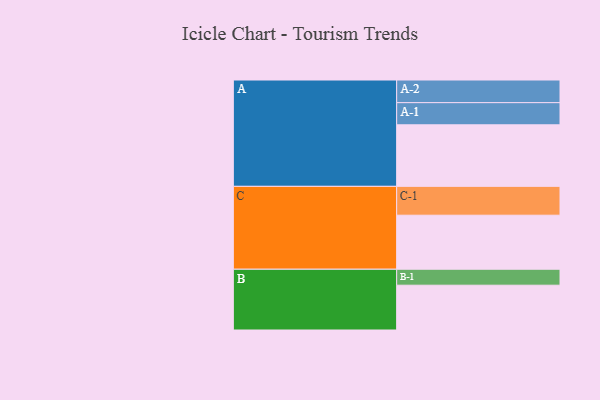
{"axis": {"x": "Segment", "y": "Value"}, "legend": ["", "A", "B", "C"], "data": [{"x": "A", "y": 467, "type": ""}, {"x": "B", "y": 340, "type": ""}, {"x": "C", "y": 410, "type": ""}, {"x": "A-1", "y": 168, "type": "A"}, {"x": "A-2", "y": 172, "type": "A"}, {"x": "B-1", "y": 121, "type": "B"}, {"x": "C-1", "y": 219, "type": "C"}]}